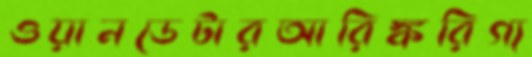
ওয়ানডেটারআরিঙ্করিগ্য